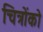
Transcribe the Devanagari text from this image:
चित्रोंको